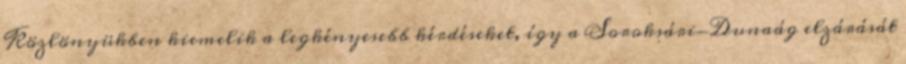
Közlönyükben kiemelik a legkényesebb kérdéseket, így a Soroksári-Dunaág elzárását